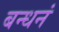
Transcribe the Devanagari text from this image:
बन्धनं